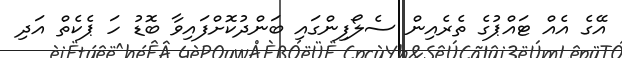
އޭގެ އެއް ޓައްޕުގެ ތެރެއިން ސެލޯފިންގައި ބަންދުކޮށްފައިވާ ބޮޑު ހަ ޕެކެތް އަދި